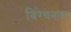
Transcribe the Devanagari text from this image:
विरेचनाचा